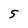
Character: 5